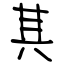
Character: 其